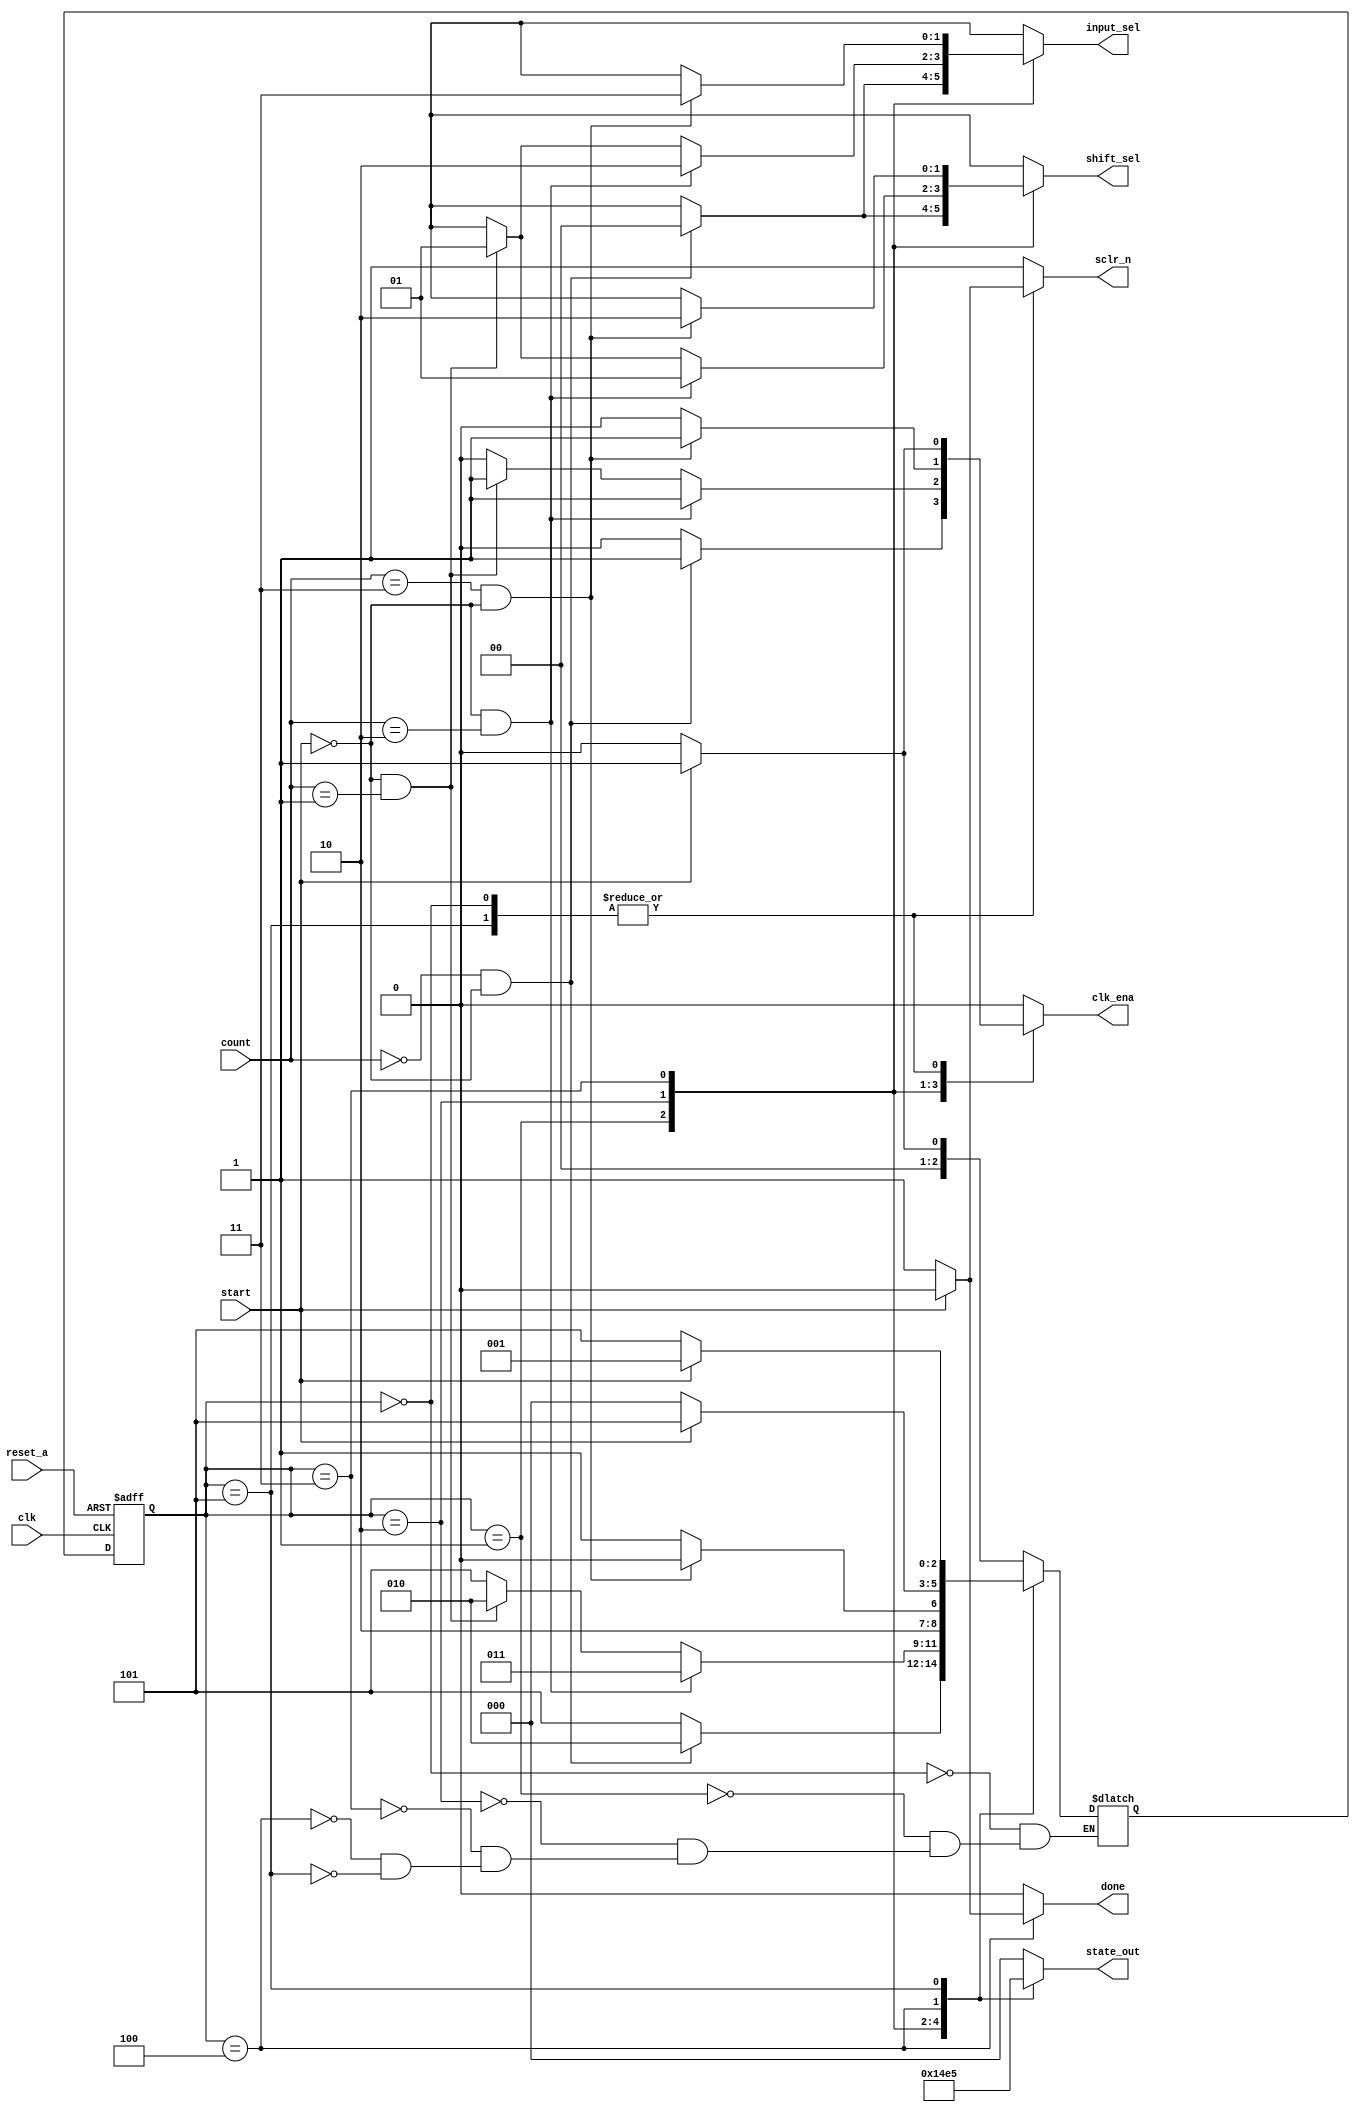
module mult_control (
	input                 clk, reset_a, start     ,				
	input       [1:0]     count                   ,
	output reg  [1:0]     input_sel, shift_sel    ,	
	output reg  [2:0]     state_out               ,				
	output reg            done, clk_ena, sclr_n
);



	
	reg [2:0] current_state, next_state       ;
	
  
  
	
	parameter idle=0, lsb=1, mid=2, msb=3, calc_done=4, err=5;

	
	always @(posedge clk, posedge reset_a) // begin
		if (reset_a)
			current_state <= idle;
		else
			current_state <= next_state;
	// end
  
  
	
	always @ *
		case (current_state)
			idle : 
				if (start)
					next_state = lsb;
				else
					next_state = idle;
			lsb : 
				if (count == 0 && start == 0)
					next_state = mid;
				else
					next_state = err;
			mid : 
				if (start == 0 && count == 2)
					next_state = msb;
				else if (start == 0 && count == 1)
					next_state = mid;
				else
					next_state = err;
			msb : 
				if (count == 3 && start == 0)
					next_state = calc_done;
				else
					next_state = err;
			calc_done :
				if (!start)
					next_state = idle;
				else
					next_state = err;
			err : 
				if (start)
					next_state = lsb;
				else
					next_state = err;
		endcase
	//end




	
	always @* begin
		input_sel = 2'bxx;
		shift_sel = 2'bxx;
		done = 1'b0;
		clk_ena = 1'b0;
		sclr_n = 1'b1;		
		case (current_state)
			idle : 
				if (start) begin
					clk_ena = 1'b1;
					sclr_n = 1'b0;
				end
			lsb : 
				if (count == 0 && start == 0) begin
					input_sel = 2'd0;
					shift_sel = 2'd0;
					clk_ena = 1'b1;
				end
			mid : 
				if (count == 2 && start == 0) begin
					input_sel = 2'd2;
					shift_sel = 2'd1;
					clk_ena = 1'b1;
				end
				else if (count == 1 && start == 0) begin
					input_sel = 1'd1;
					shift_sel = 1'd1;
					clk_ena = 1'b1;
				end
			msb : 
				if (count == 3 && start == 0) begin
					input_sel = 2'd3;
					shift_sel = 2'd2;
					clk_ena = 1'b1;
				end
			calc_done :
				if (!start)
					done = 1'b1;
			err : 
				if (start) begin
					clk_ena = 1'b1;
					sclr_n = 1'b0;
				end
		endcase
	end
	
  
  
  
  
  
	always @(current_state) begin
		state_out = 3'd0;
		case (current_state)
			idle : ;
			lsb : state_out = 3'd1;
			mid : state_out = 3'd2;
			msb : state_out = 3'd3;
			calc_done : state_out = 3'd4;
			err : state_out = 3'd5;
		endcase
	end
  
  
  
  
  
endmodule